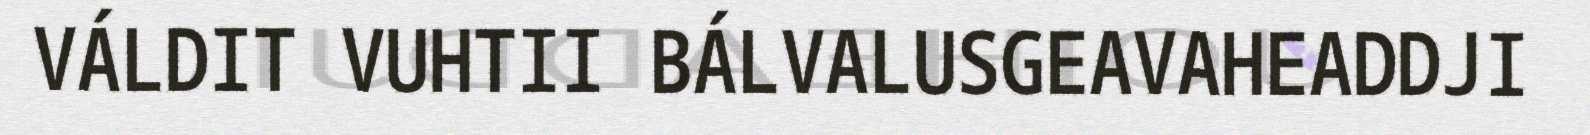
VÁLDIT VUHTII BÁLVALUSGEAVAHEADDJI